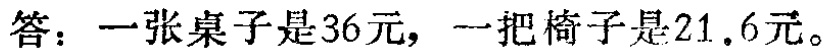
答：一张桌子是\(36\)元，一把椅子是\(21.6\)元。